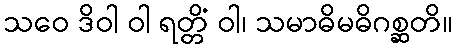
သဝေ ဒိဝါ ဝါ ရတ္တိံ ဝါ၊ သမာဓိမဓိဂစ္ဆတိ။